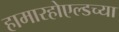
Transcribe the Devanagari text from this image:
हामारहोएल्डच्या